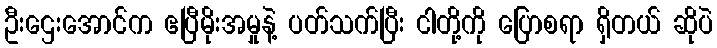
ဦးဌေးအောင်က ဧပြီမိုးအမှုနဲ့ ပတ်သက်ပြီး ငါတို့ကို ပြောစရာ ရှိတယ် ဆိုပဲ